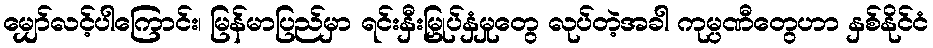
မျှော်လင့်ပါကြောင်း၊ မြန်မာပြည်မှာ ရင်းနှီးမြှုပ်နှံမှုတွေ လုပ်တဲ့အခါ ကုမ္ပဏီတွေဟာ နှစ်နိုင်ငံ